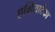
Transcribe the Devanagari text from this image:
एव्हियाटेका